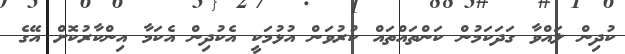
ކުދިން ލައްވާ ގަދަކަމުން ކަންތައްތައް ކުރުވަން އުޅުމަކީ އެކުދިން އެކަމާ އިންކާރުކޮށް އޭގެ